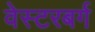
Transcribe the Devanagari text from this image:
वेस्टरबर्ग